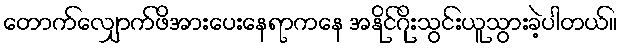
တောက်လျှောက်ဖိအားပေးနေရာကနေ အနိုင်ဂိုးသွင်းယူသွားခဲ့ပါတယ်။